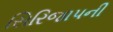
સિરિજાપની